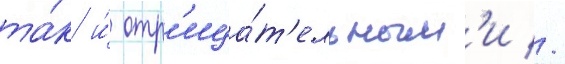
та́к и́ отр'ица́т'ельным'и //